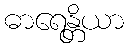
ဓာရေန္တိယာ